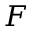
F